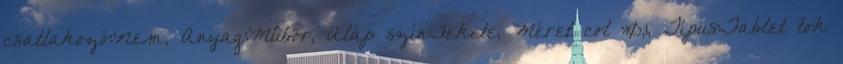
csatlakozó:Nem, Anyag:Mûbõr, Alap szín:Fekete, Méret col :10,1, Típus:Tablet tok